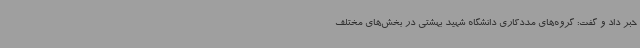
خبر داد و گفت: گروه‌های مددکاری دانشگاه شهید بهشتی در بخش‌های مختلف